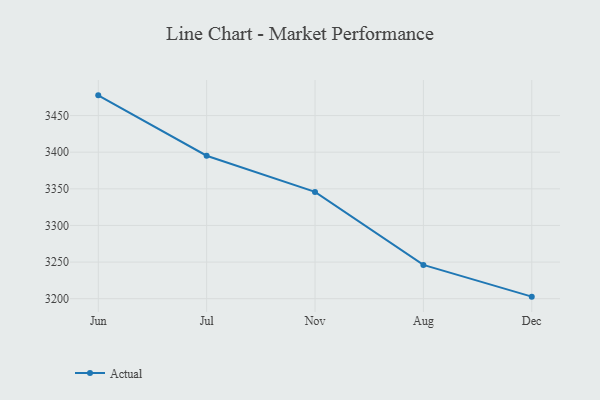
{"axis": {"x": "Month", "y": "Shipments"}, "legend": ["Actual"], "data": [{"x": "Jun", "y": 3477.6, "type": "Actual"}, {"x": "Jul", "y": 3395.2, "type": "Actual"}, {"x": "Nov", "y": 3345.8, "type": "Actual"}, {"x": "Aug", "y": 3246.1, "type": "Actual"}, {"x": "Dec", "y": 3202.8, "type": "Actual"}]}